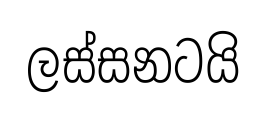
ලස්සනටයි